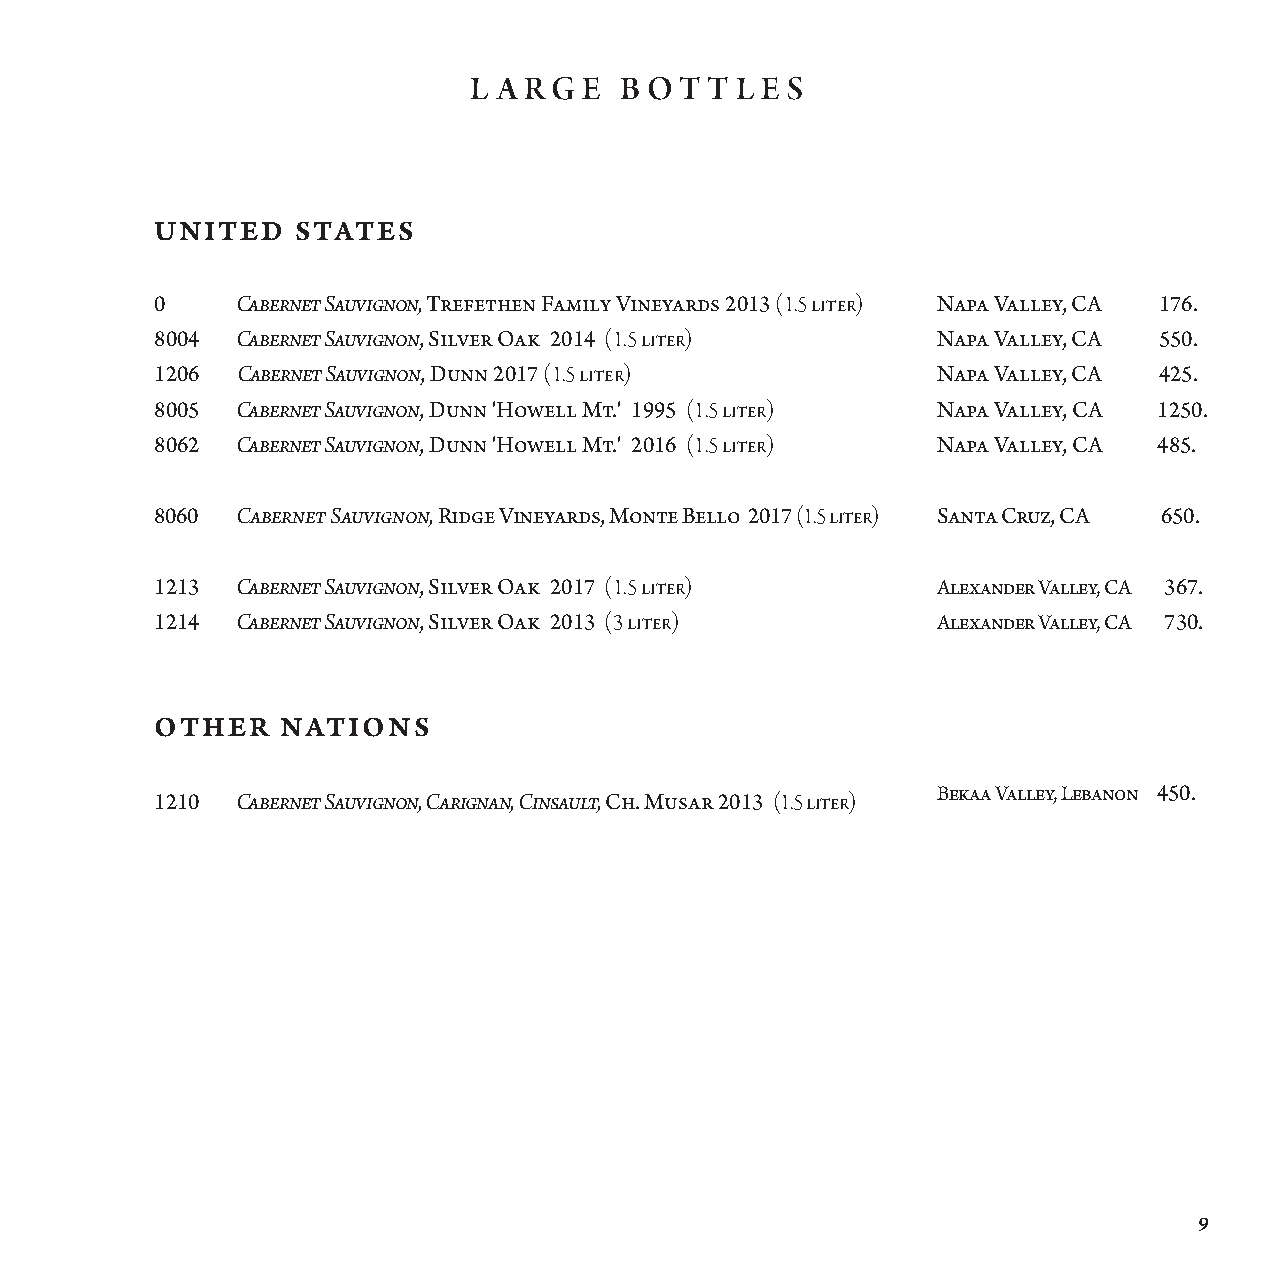
L A R G E B OT  T L E S
 UNITED    STATES
 0     Cabernet Sauvignon, Trefethen Family Vineyards 2013 (1.5 liter) N a p a Valley, CA 176.
 8004  Cabernet Sauvignon, Silver Oak 2014 (1.5 liter) Napa Valley, CA 550.
 1206  Cabernet Sauvignon, Dunn 2017 (1.5 liter)     Napa Valley, CA 425.
 8005  Cabernet Sauvignon, Dunn 'Howell Mt.' 1995 (1.5 liter) Napa Valley, CA 1250.
 8062  Cabernet Sauvignon, Dunn 'Howell Mt.' 2016 (1.5 liter) Napa Valley, CA 485.
 8060  Cabernet Sauvignon, Ridge Vineyards, Monte Bello 2017 (1.5 liter) Santa Cruz, CA 650.
 1213  Cabernet Sauvignon, Silver Oak 2017 (1.5 liter) A l e x a nder Valley, CA 367.
 1214  Cabernet Sauvignon, Silver Oak 2013 (3 liter) A l e x a nder Valley, CA 730.
 OTHER    NATIONS
 Bekaa Valley, Lebanon 450.
 1210  Cabernet Sauvignon, Carignan, Cinsault, Ch. Musar 2013 (1.5 liter)
 9